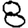
Digit: 8